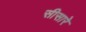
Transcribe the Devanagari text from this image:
सीसारे